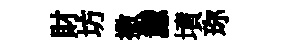
財坊撒纛墳珎